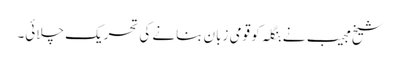
شیخ مجیب نے بنگلہ کو قومی زبان بنانے کی تحریک چلائی۔